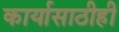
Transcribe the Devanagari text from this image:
कार्यासाठीही